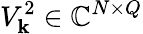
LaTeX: V_{\mathbf{k}}^{2}\in\mathbb{C}^{N\times Q}